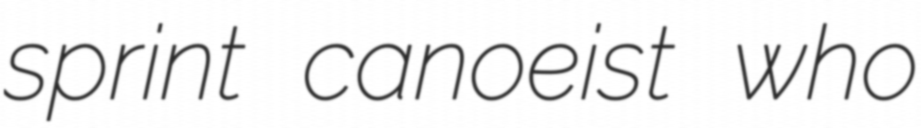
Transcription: sprint canoeist who